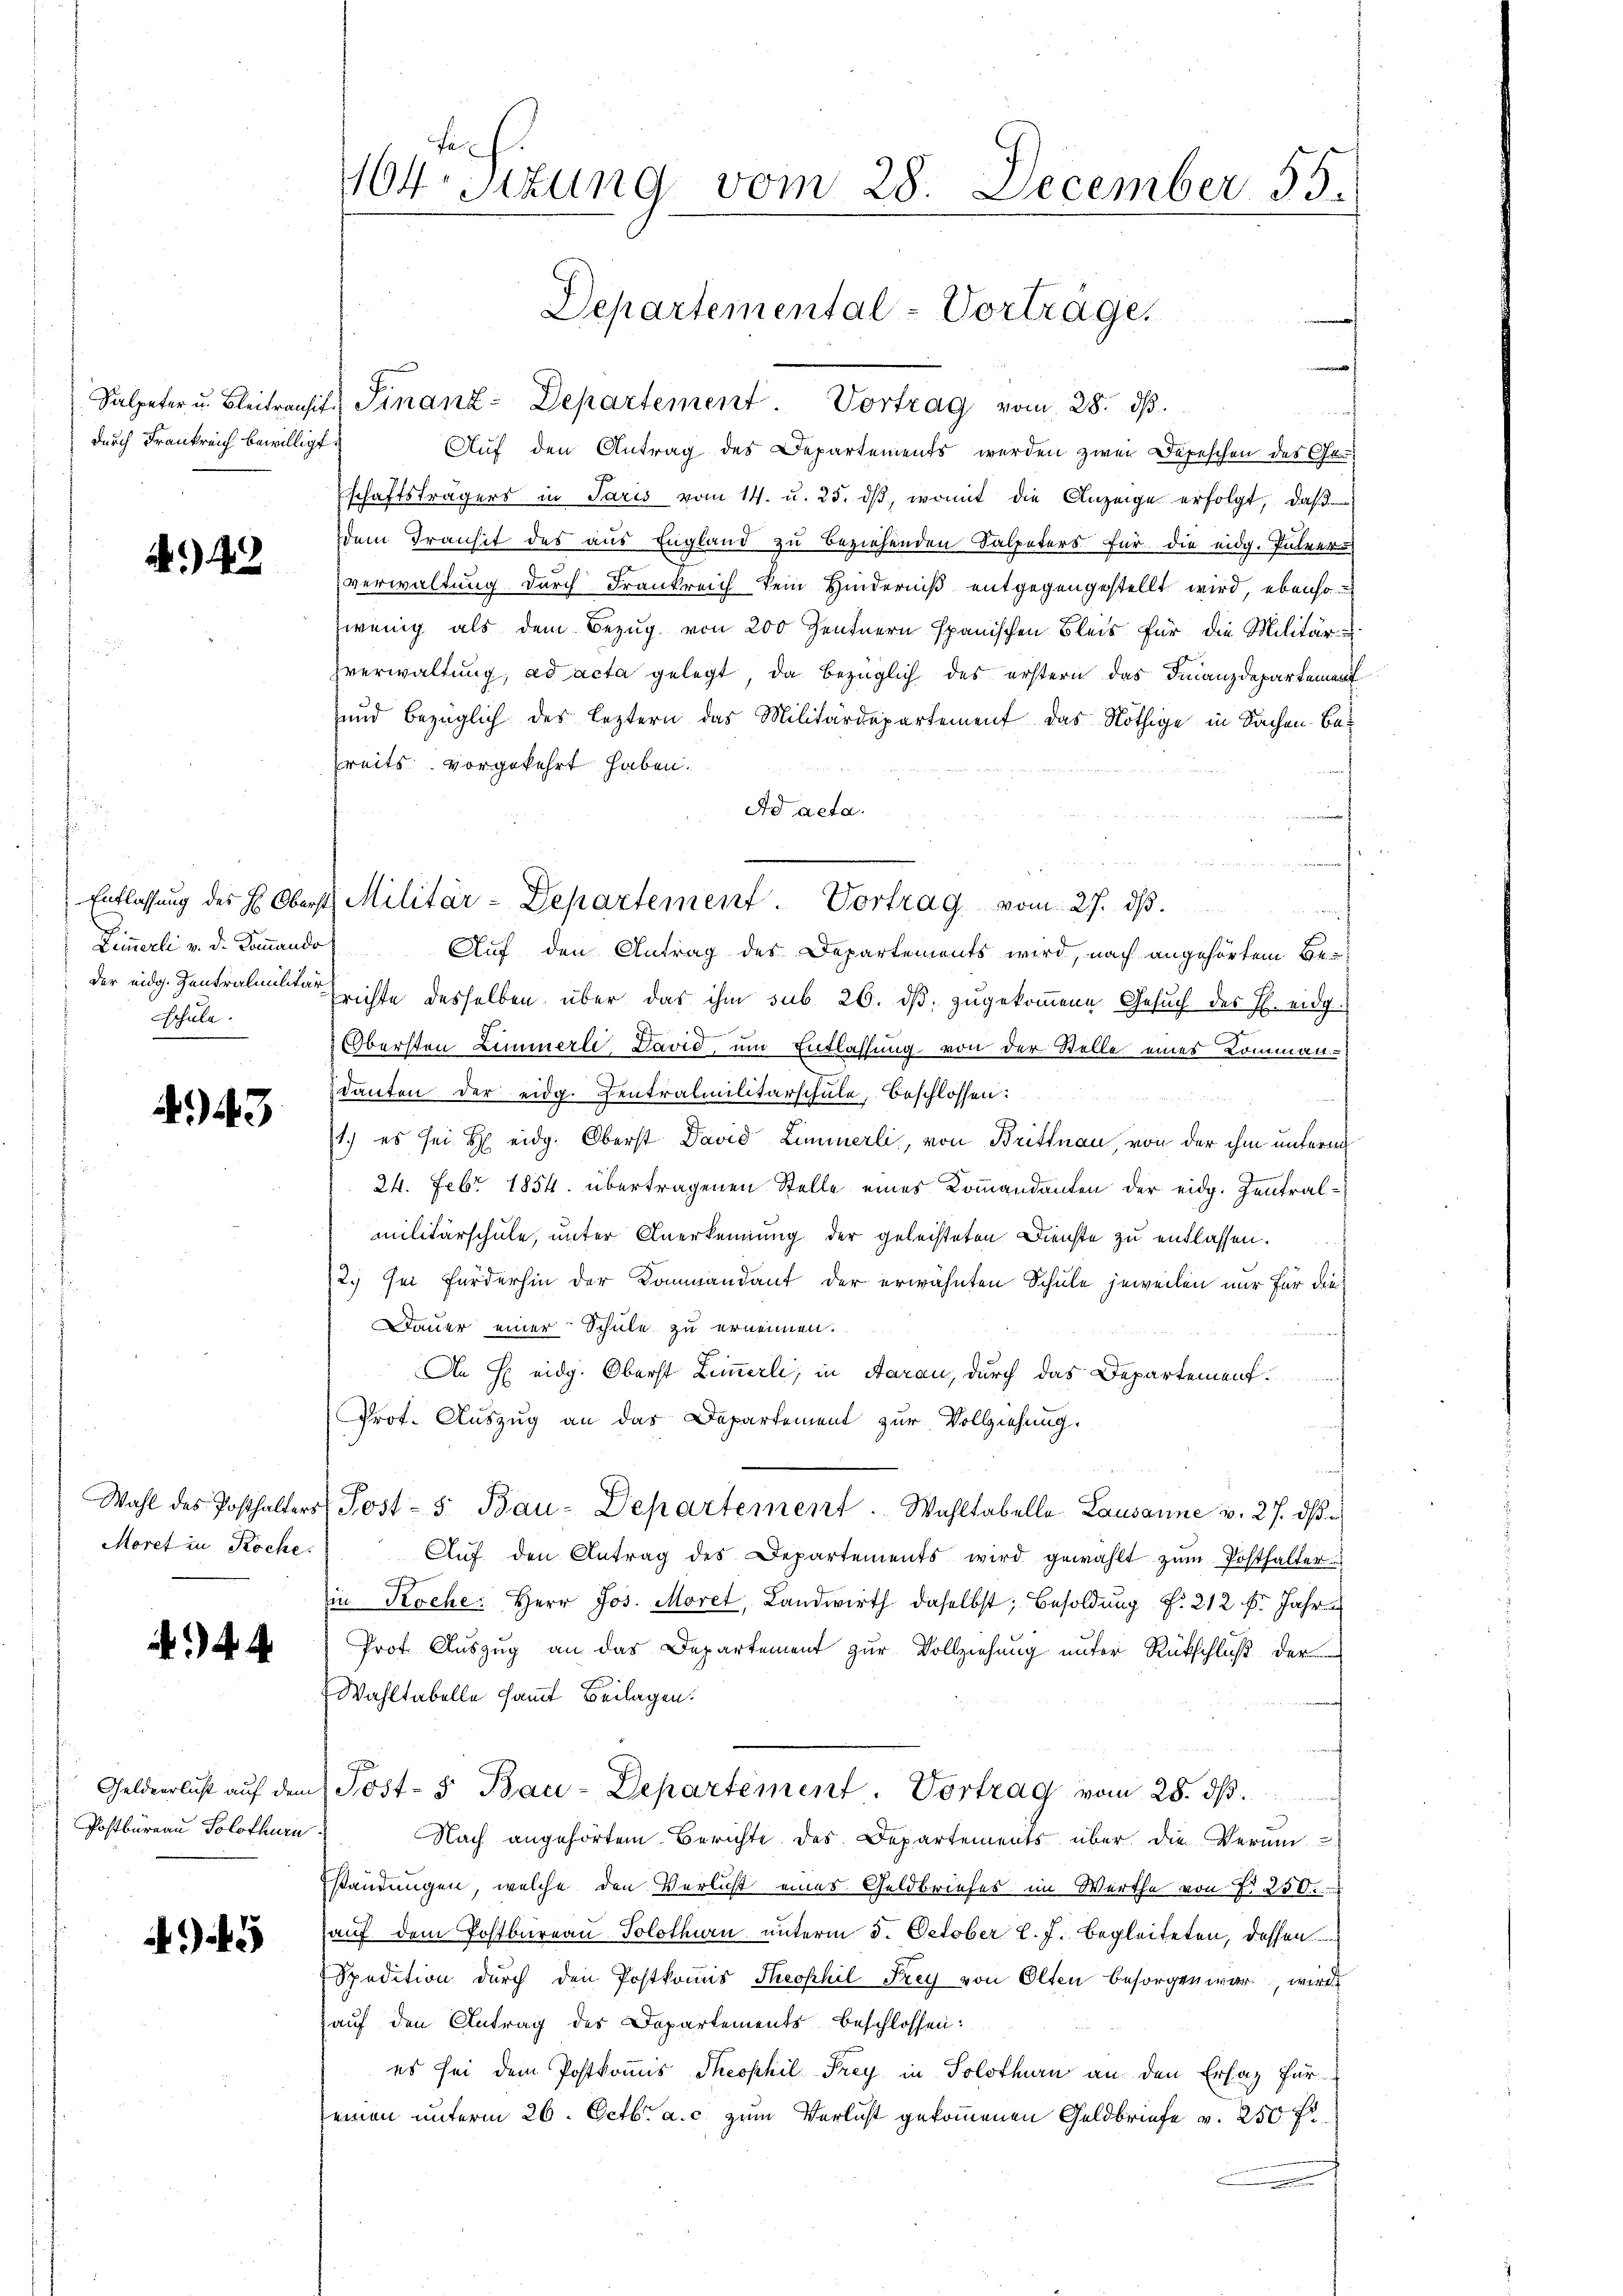
durch Frankreich bewilligt.

A.43

Zimmerli v. d. Kommando
Schule.

43

Moret in Koche.

.

Geldeerlust auf dem
Postbureau Solothurn

45

164. Situng vom 28. December 55.

e
Salpeter u. Bleitransit Finanz-Departement. Vortrag vom 28. dβ.
Auf den Antrag des Departements werden zwei Depeschen des Ge-
schaftsträgers in Paris vom 14. u. 25. dβ, womit die Anzeige erfolgt, daβ
dem Transit des aus England zu beziehenden Salpeters für die eidg. Pulver
verwaltung durch Frankreich kein Hinderniß entgegengestellt wird, ebenso
wenig als dem Bezug von 200 Zentnern spanischen Bleis für die Militär-
zverwaltung, ad acta gelegt, da bezüglich des erstern das Finanzdepartement
und bezüglich des leztern das Militärdepartement das Nöthige in Sachen Be-
treits vorgekehrt haben.
Ad acta.
n ainen nunmeh
ich
Auf den Antrag des Departements wird, nach angehörtem Beder eidg. Zentralmitte richte desselben über das ihm sub. 26. dβ zŭgekoṁene Gesŭch der E. eidg.
Obersten Zimmerli, David, um Entlassung von der Stelle eines Kommen
danten der eidg. Zentralmilitärschule, beschlossen:
1.) es sei b eidg. Oberst David Liminerli, von Brittnau, von der ihm unterm
24. Febr. 1854. übertragenen Stelle eines Kommandanten der eidg. Zentral-
militärschule, unter Anerkennung der geleisteten Dienste zu entlassen.
2.) sei fürderhin der Kommandant der erwähnten Schule jeweilen nur für die
Dauer einer Schule zu ernennen.
An H eidg. Oberst Zimmerli, in Aarau, durch das Departement¬
Prot. Auszug an das Departement zur Vollziehung.
Wahl des Posthalters Post- 5. Bau-Departement. Wahltabelle Lausanne v. 27. dβ.
Aŭf den Antrag des Departements wird gewählt zŭm Posthalter
in Koche. Herr Jos. Morel, Landwirth daselbst; Besoldung f. 212 f. Jahre
Prof. Auszug an das Departement zur Vollziehung unter Rückschluß der
Wahltabelle sammt Beilagen.
 Post- 5. Bau-Departement. Vortrag vom 28. ds.
Nach angehörten Berichte des Departements über die Verun
standungen, welche den Verlicht eines Geldbriefes im Werthe von Nr. 250.
auf dem Postbureau Solothurn unterm 5. October l. J. begleiteten, dessen
Spedition durch den Postkoṁis Theophil Frey von Olten besorgen war, wird
auf den Antrag des Departements beschlossen:
es sei dem Postkommis Theophil Frey in Solothurn an den Ersatz für
seinen unterm 26. Octbr. a. c. zum Verlust gekommenen Geldbriefe v. 250 fr.

Departemental-Vortrage.

Entlassung des H. Oberst Militär-Departement. Vortrag vom 27. ds.